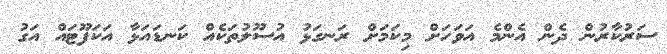
ސަރުކާރުން ދެން އެންމެ އަވަހަށް މިކަމަށް ރަނގަޅު އުސޫލުތަކެއް ކަނޑައަޅާ އަކަފޫޓައް އަގު